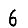
Digit: 6